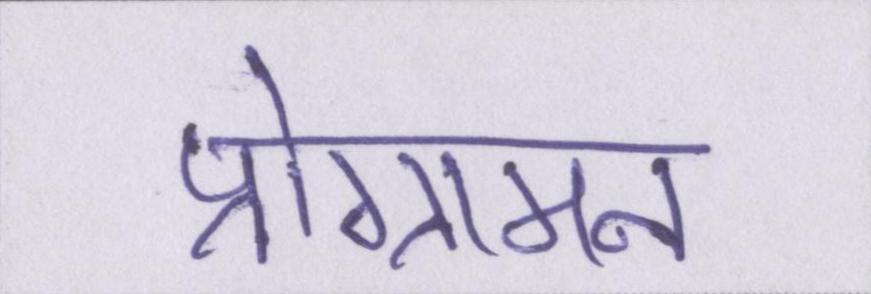
प्रोग्रामन